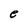
Character: e